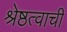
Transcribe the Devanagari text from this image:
श्रेष्ठत्वाची